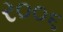
ર૦૦૬